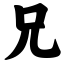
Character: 兄